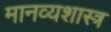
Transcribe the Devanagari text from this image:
मानव्यशास्त्र